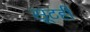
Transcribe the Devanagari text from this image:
सूटही